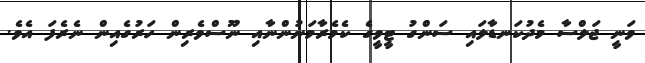
ވަނީ ޖަލްސާ މެދުކަނޑާލައި ސަންގު ޓީވީގެ ކެމެރާމަނުންނާއި ނޫސްވެރިން ހަރުގެއިން ނެރެފަ އެވެ.